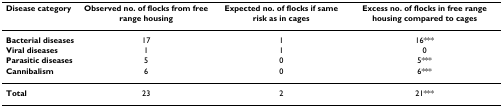
<table><thead><tr><td><b>Disease category</b></td><td><b>Observed no. of flocks from free range housing</b></td><td><b>Expected no. of flocks if same risk as in cages</b></td><td><b>Excess no. of flocks in free range housing compared to cages</b></td></tr></thead><tbody><tr><td><b>Bacterial diseases</b></td><td>17</td><td>1</td><td>16***</td></tr><tr><td><b>Viral diseases</b></td><td>1</td><td>1</td><td>0</td></tr><tr><td><b>Parasitic diseases</b></td><td>5</td><td>0</td><td>5***</td></tr><tr><td><b>Cannibalism</b></td><td>6</td><td>0</td><td>6***</td></tr><tr><td><b>Total</b></td><td>23</td><td>2</td><td>21***</td></tr></tbody></table>